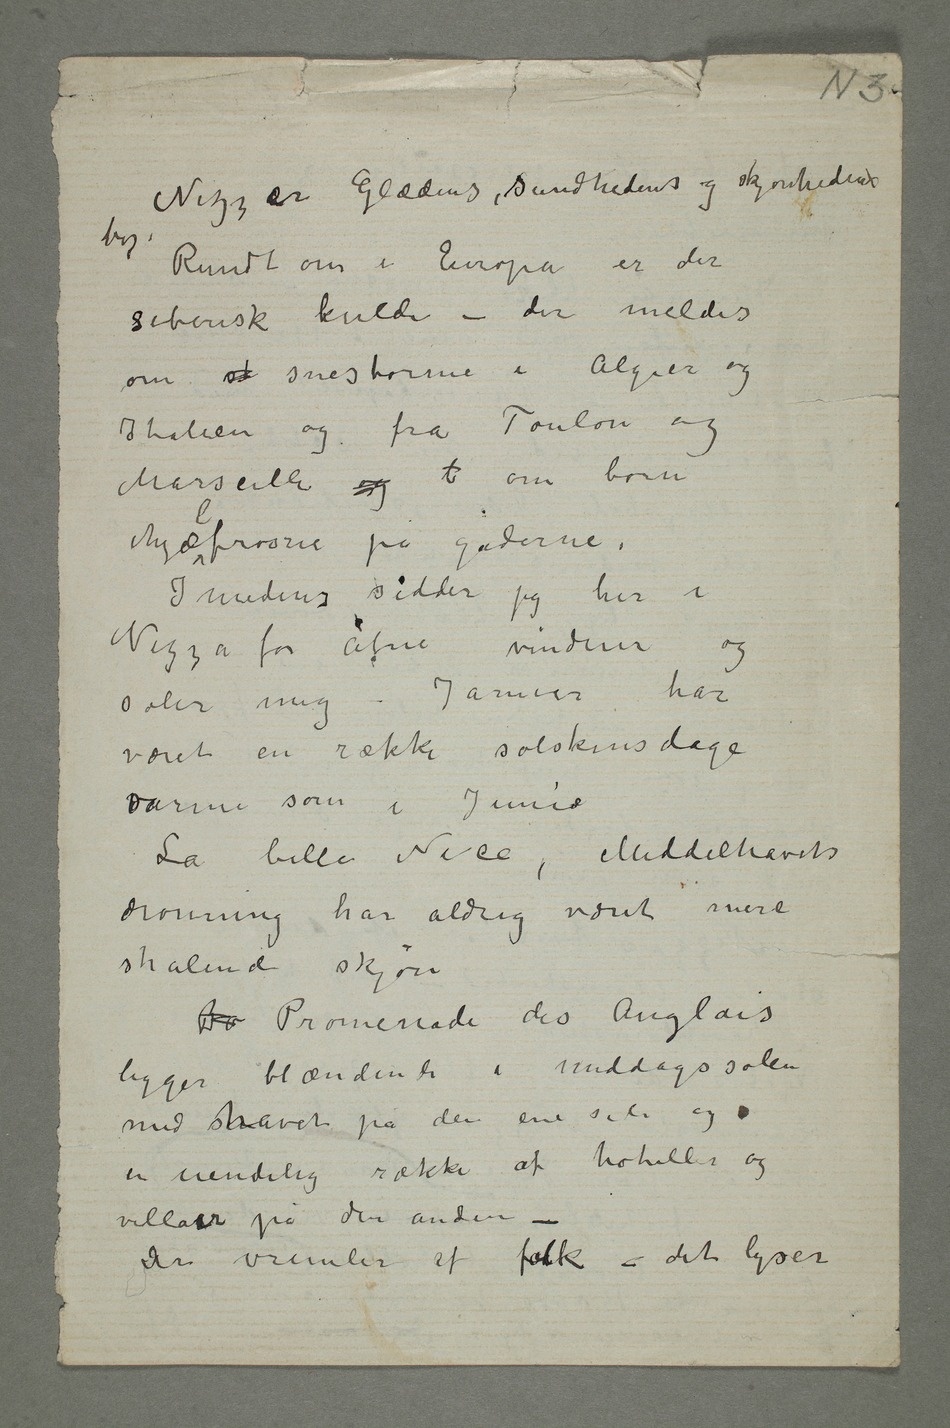
Nizz er Glædens, sundhedens og skjønhedens
by. Rundt om i Europa er der
siberisk kulde – der meldes
om st snestorme i Algier og
Italien og fra Toulon og
Marseille og b om børn
ihjælfrosne på gaderne.
Imedens sidder jeg her i
Nizza for åbne vinduer og
soler mig.
været en række solskinsdage
varme som i Juni.
La belle Nice, Middelhavets
dronning har aldrig været mere
strålende skjøn.
Br Promenade des Anglais
ligger blændende i middagssolen
med shavet på den ene side og
en uendelig række af hoteller og
villaer på den anden –
Der vrimler af folk – det lyser